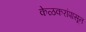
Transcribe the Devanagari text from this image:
केळकरांपासून